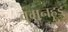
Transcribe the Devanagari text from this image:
वुमनहूड